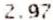
2.97